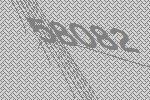
58082